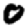
Digit: 0